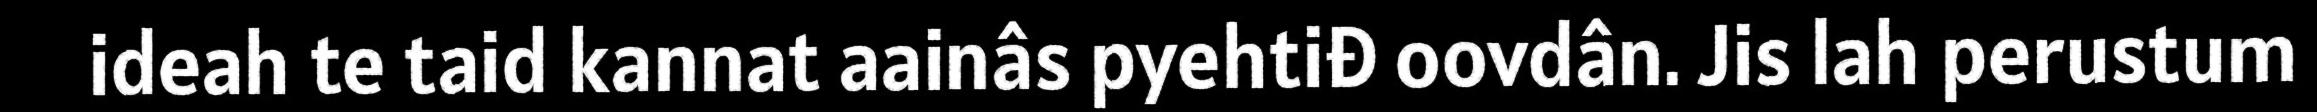
ideah te taid kannat aainâs pyehtiđ oovdân. Jis lah perustum